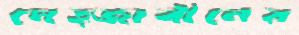
মেহ্জাবীনের